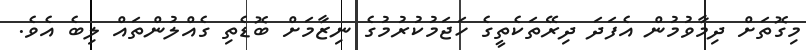
މިގޮތަށް ދިމާވުމުން އެފަދަ ދިރޭތަކެތީގެ ހަޖަމުކުރުމުގެ ނިޒާމަށް ބޮޑެތި ގެއްލުންތައް ލިބެ އެވެ.